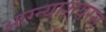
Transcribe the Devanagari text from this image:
आग्न्याशयरस